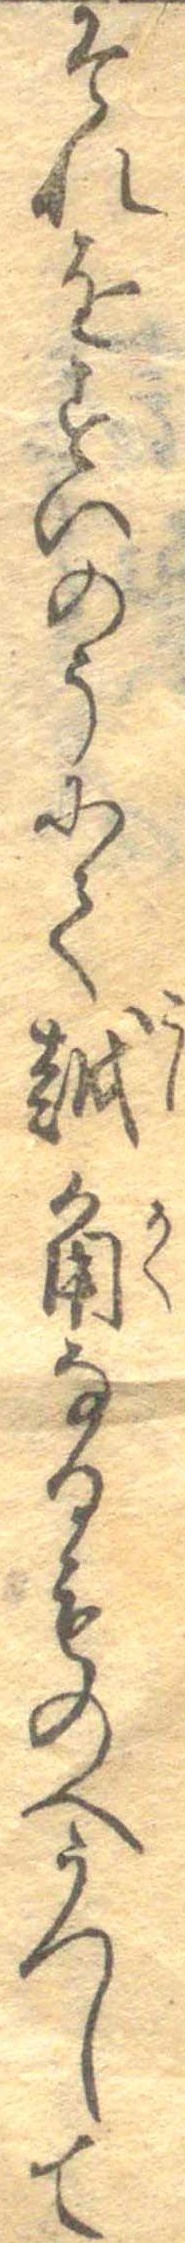
それをすいのうにて越角なるものへうつして